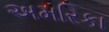
અમરિકા